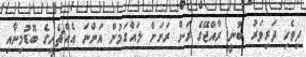
ދިވެހި ދަރިވަރު ބުނީ ރާއްޖޭގެ ރަށް ރަށަށް ލައްގަމުން އަންނަ އެއްޗެހީގެ ބޮޑުމިނާއި